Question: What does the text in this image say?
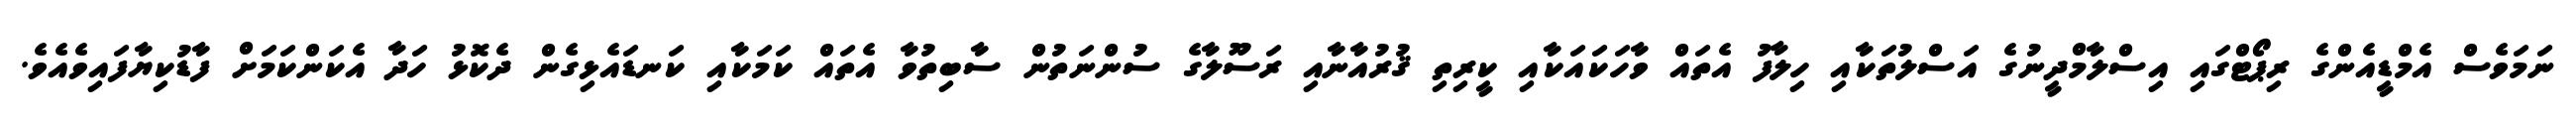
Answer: ނަމަވެސް އެމްޑީއެންގެ ރިޕޯޓްގައި އިސްލާމްދީނުގެ އަސްލުތަކާއި ހިލާފު އެތައް ވާހަކައަކާއި ކީރިތި ޤުރުއާނާއި ރަސޫލާގެ ސުންނަތުން ސާބިތުވާ އެތައް ކަމަކާއި ކަނޑައެޅިގެން ދެކޮޅު ހަދާ އެކަންކަމަށް ފާޑުކިޔާފައިވެއެވެ.